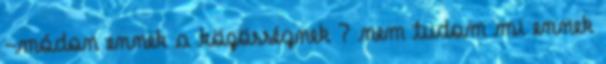
-módon ennek a közösségnek ? nem tudom mi ennek